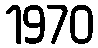
1970